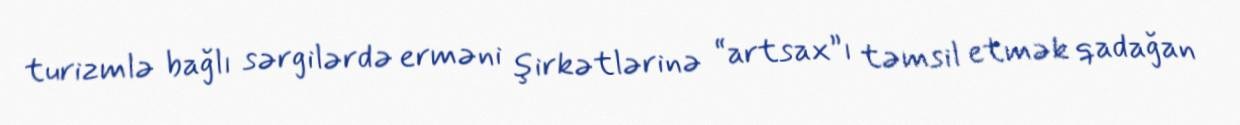
turizmlə bağlı sərgilərdə erməni şirkətlərinə “artsax”ı təmsil etmək qadağan